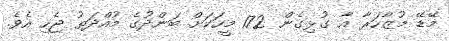
މޭޑޭ މުޒާހަރާ އާ ގުޅިގެން 172 މީހަކަށް ބަންދުގެ މުއްދަތު ޖެހި އެވެ.